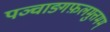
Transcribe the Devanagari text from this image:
पञ्चाङ्गफ़लमुत्तमम्